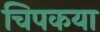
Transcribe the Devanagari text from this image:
चिपकया